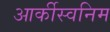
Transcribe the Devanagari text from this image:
आर्कीस्वनिम